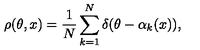
\rho ( \theta , x ) = \frac { 1 } { N } \sum _ { k = 1 } ^ { N } \delta ( \theta - \alpha _ { k } ( x ) ) ,